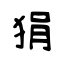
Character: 狷